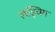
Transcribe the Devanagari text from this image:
लड्विग